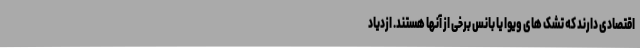
اقتصادی دارند که تشک های ویوا یا بانس برخی از آنها هستند. ازدیاد